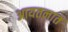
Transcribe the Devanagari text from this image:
आयतनात